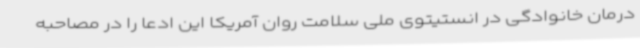
درمان خانوادگی در انستیتوی ملی سلامت روان آمریکا این ادعا را در مصاحبه